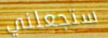
ستجعلني